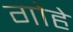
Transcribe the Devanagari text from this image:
गोहे